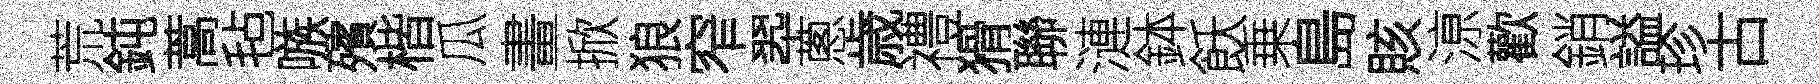
荒鈍蒿毡嗾殯楷瓜畫掀狼窄翆蔥歳禮猾聯漣鉢飫乗島賅鿌歡銷謚珍古